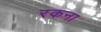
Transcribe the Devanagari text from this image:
रकना